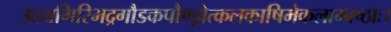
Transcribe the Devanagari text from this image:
उदयगिरिभद्रगौडकपौण्ड्रोत्कलकाषिमेकलाम्बष्ठाः।